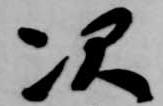
次